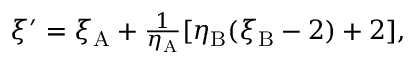
\begin{array} { r } { \xi ^ { \prime } = \xi _ { \mathrm { A } } + \frac { 1 } { \eta _ { \mathrm { A } } } [ \eta _ { \mathrm { B } } ( \xi _ { \mathrm { B } } - 2 ) + 2 ] , } \end{array}